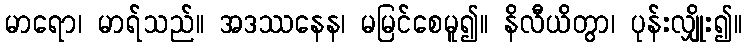
မာရော၊ မာရ်သည်။ အဒဿနေန၊ မမြင်စေမူ၍။ နိလီယိတွာ၊ ပုန်းလျှိုး၍။